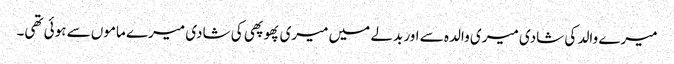
میرے والد کی شادی میری والدہ سے اور بدلے میں میری پھوپھی کی شادی میرے ماموں سے ہوئی تھی۔